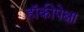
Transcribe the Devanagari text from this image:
हॉकीपेक्षा